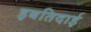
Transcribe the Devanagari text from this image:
इबतिदाई